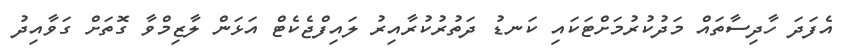
އެފަދަ ހާދިސާތައް މަދުކުރުމަށްޓަކައި ކަނޑު ދަތުރުކުރާއިރު ލައިފްޖެކެޓް އަޅަން ލާޒިމްވާ ގޮތަށް ގަވާއިދު